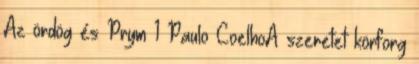
Az ördög és Prym 1 Paulo CoelhoA szeretet körforg